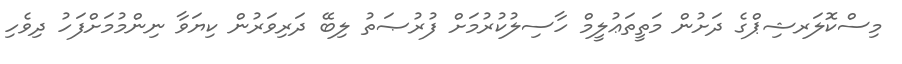
މިސްކޮލަރޝިޕްގެ ދަށުން މަތީތަޢުލީމް ހާސިލުކުރުމަށް ފުރުޞަތު ލިބޭ ދަރިވަރުން ކިޔަވާ ނިންމުމަށްފަހު ދިވެހި